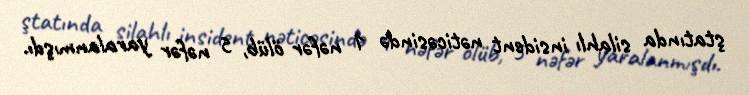
ştatında silahlı insident nəticəsində 1 nəfər ölüb, 5 nəfər yaralanmışdı.